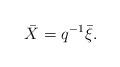
LaTeX: \begin{align*}\bar{X}=q^{-1}\bar{\xi}. \end{align*}